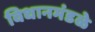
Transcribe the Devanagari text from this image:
विधानमंडळे